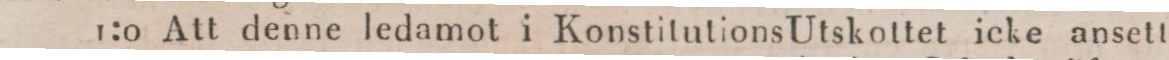
1:0 Att denne ledamot i Konstitutions Utskottet icke ansett